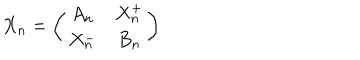
LaTeX: X _ { n } = \left( \begin{array} { c c } { { A _ { n } } } & { { X _ { n } ^ { + } } } \\ { { X _ { n } ^ { - } } } & { { B _ { n } } } \\ \end{array} \right)